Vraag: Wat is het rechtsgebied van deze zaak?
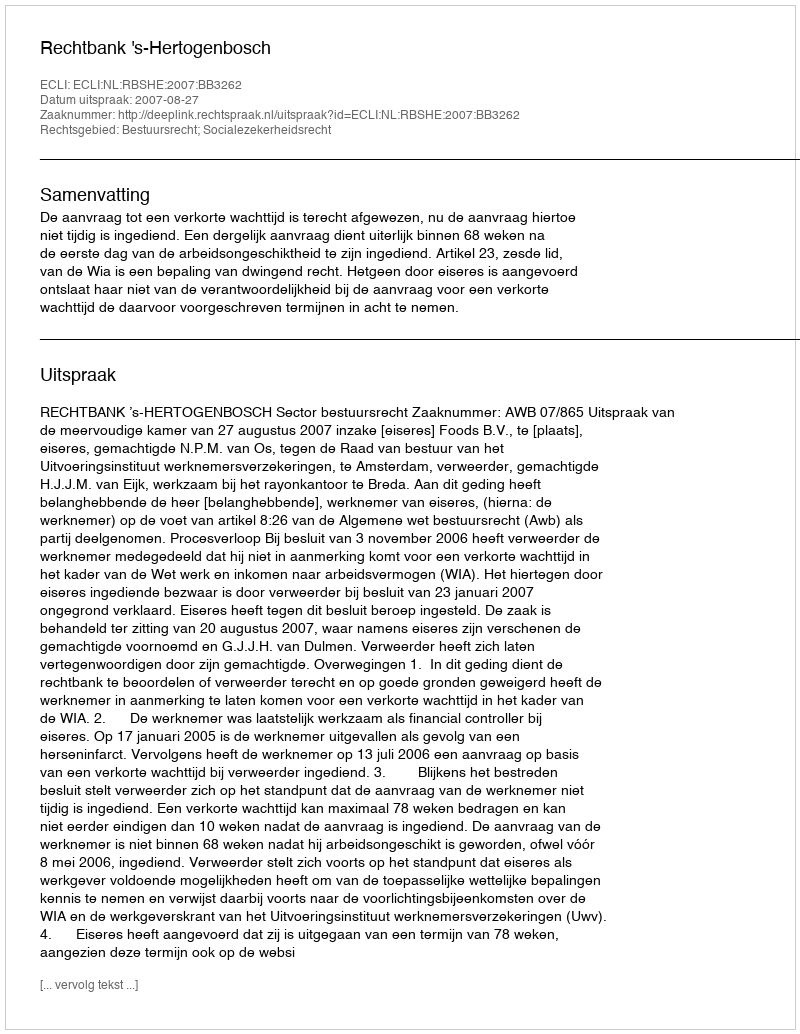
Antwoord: Bestuursrecht; Socialezekerheidsrecht